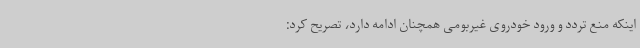
اینکه منع تردد و ورود خودروی غیربومی همچنان ادامه دارد، تصریح کرد: